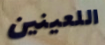
اللعينين